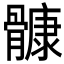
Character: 𲌑